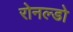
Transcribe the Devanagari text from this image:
रोनल्डो